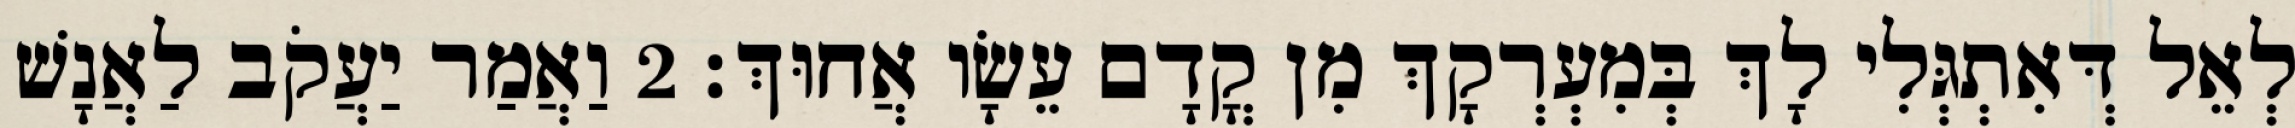
לְאֵל דְּאִתְגְּלִי לָךְ בְּמִעְרְקָךְ מִן קֳדָם עֵשָׂו אֲחוּךְ׃ 2 וַאֲמַר יַעֲקֹב לַאֲנָשׁ